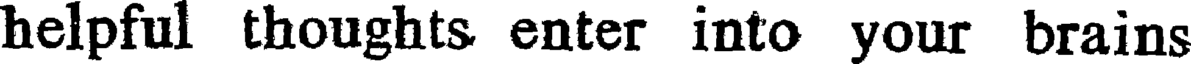
helpful thoughts enter into your brains